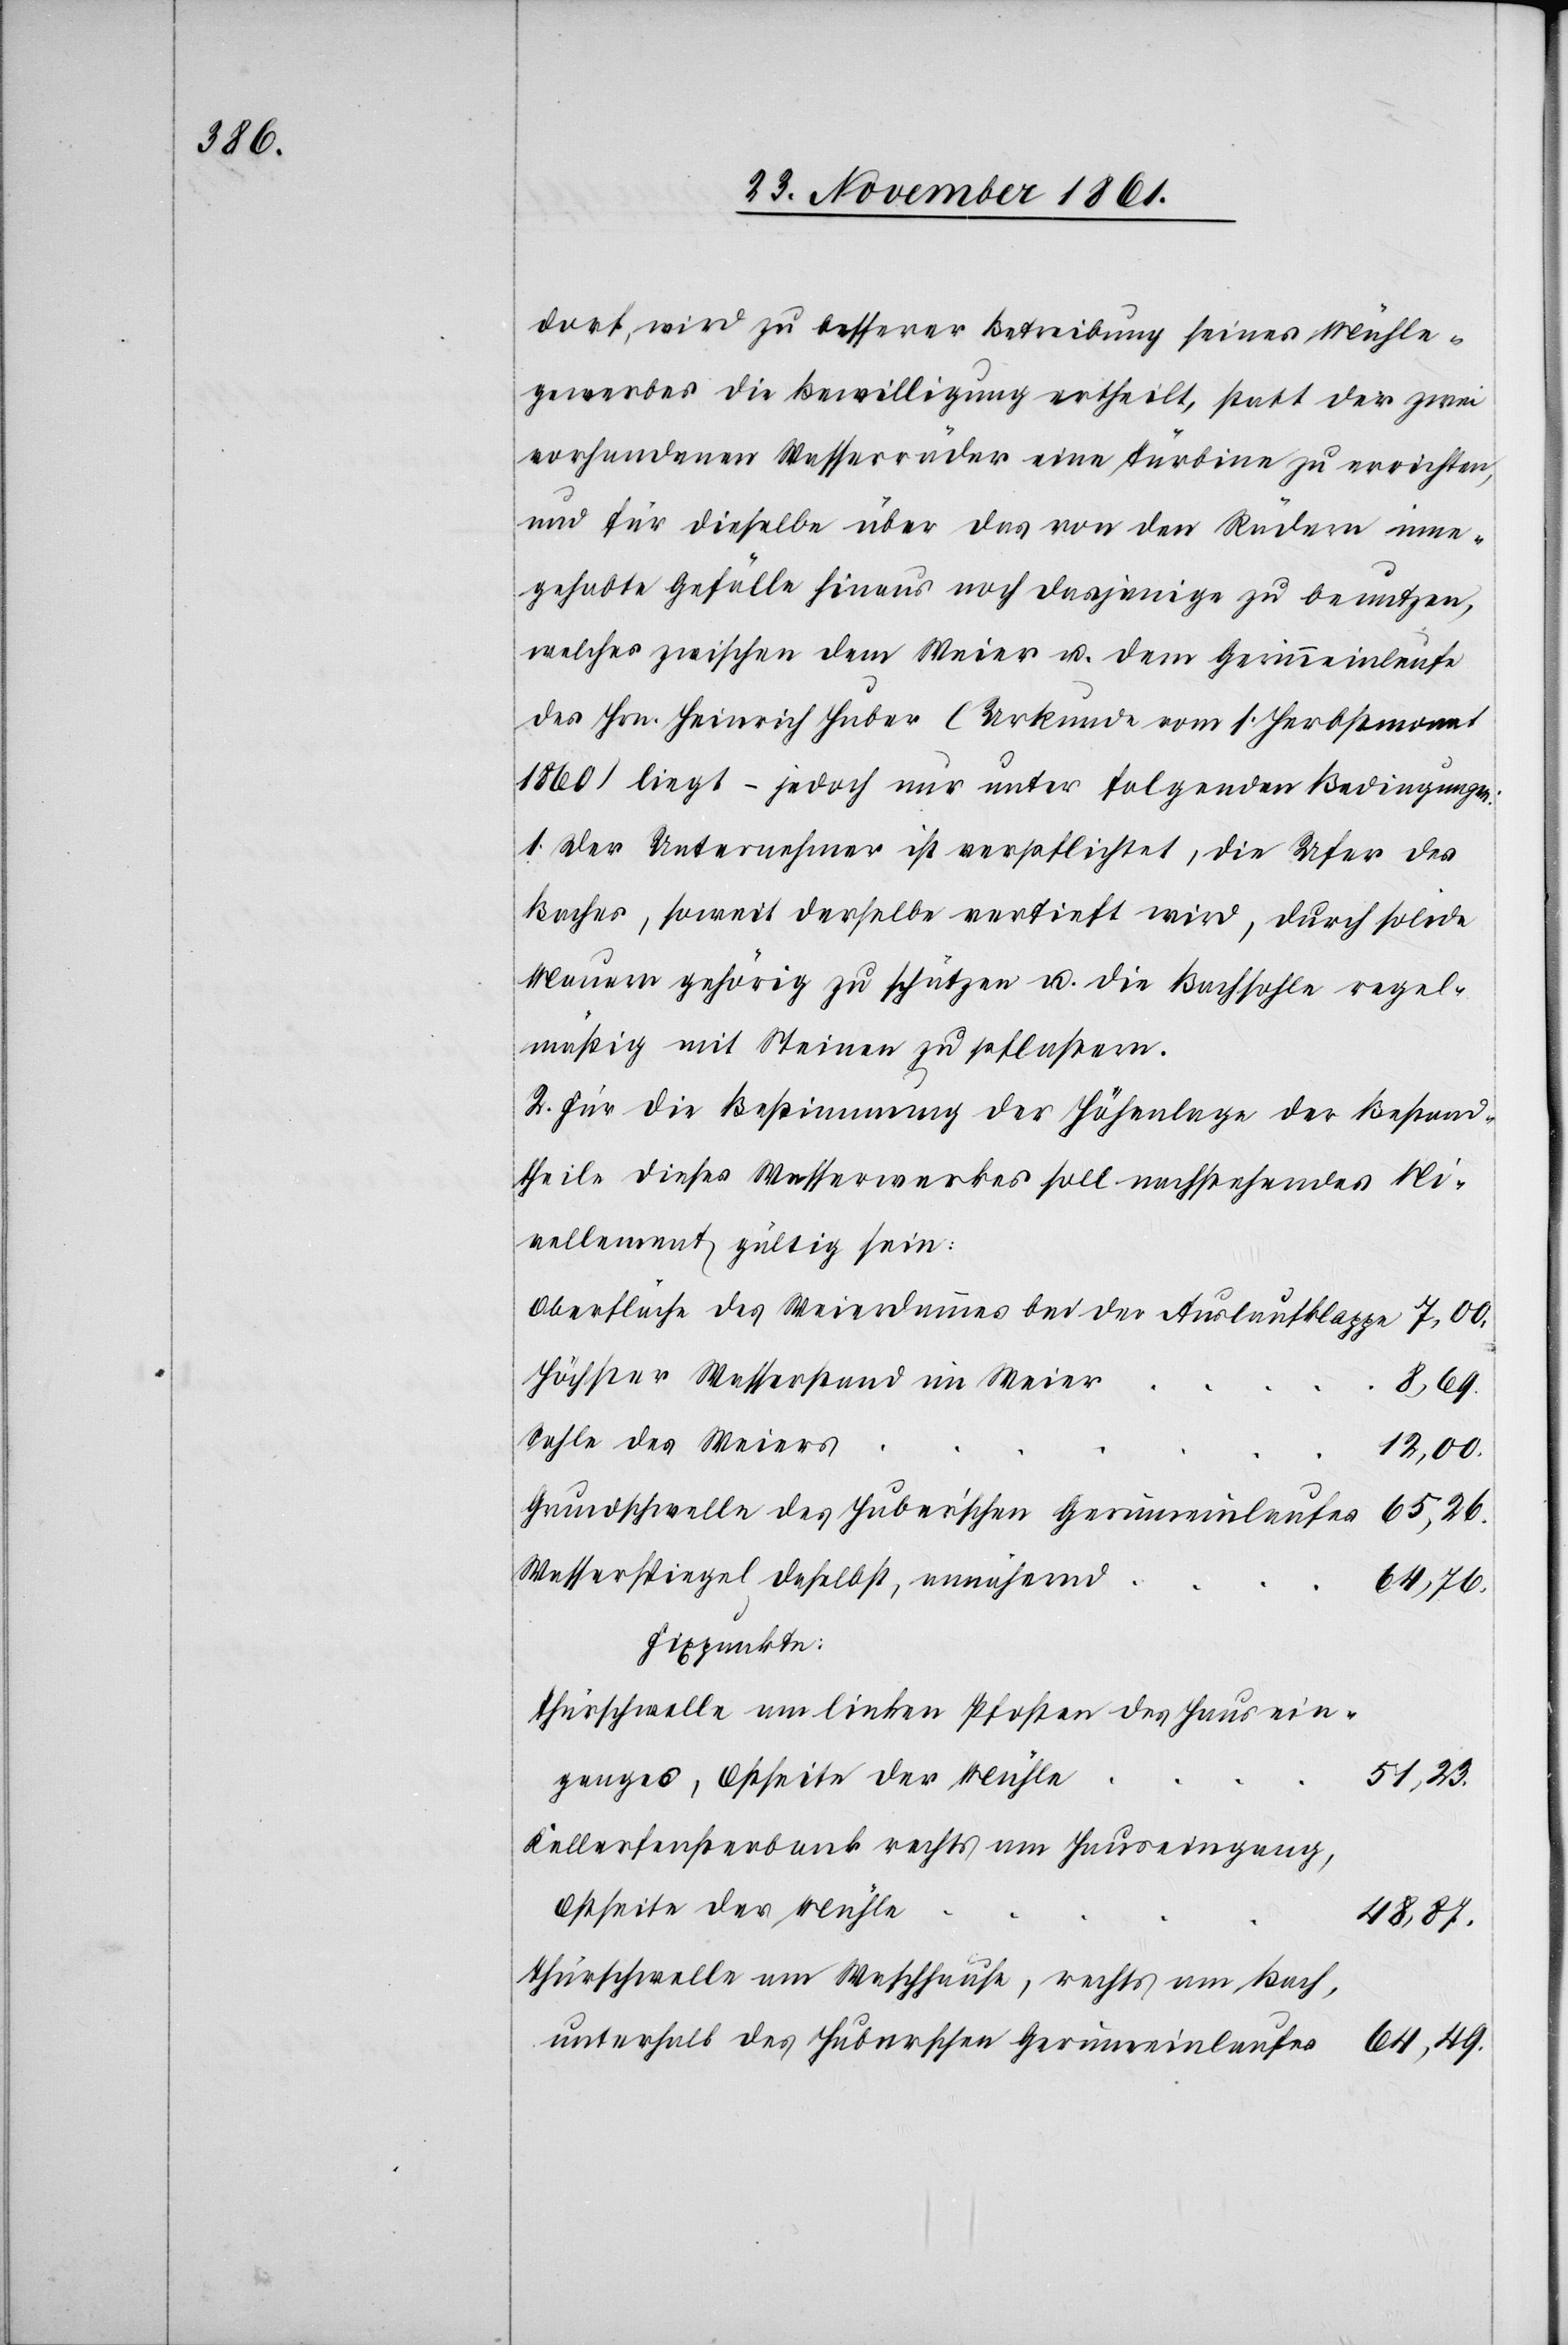
dorf, wird zu besserer Betreibung seines Mühle¬
gewerbes die Bewilligung ertheilt, statt der zwei
vorhandenen Wasserräder eine Turbine zu errichten,
und für dieselbe über das von den Rädern inne¬
gehabte Gefälle hinaus noch dasjenige zu benutzen,
welches zwischen dem Weier u. dem Gerinneinlaufe
des Hrn. Heinrich Huber (Urkunde vom 1 Herbstmonat
1860) liegt – jedoch nur unter folgenden Bedingungen:
1. Der Unternehmer ist verpflichtet, die Ufer des
Baches, soweit derselbe vertieft wird, durch solide
Mauern gehörig zu schützen u. die Bachsohle regel¬
mäßig mit Steinen zu pflastern.
2. Für die Bestimmung der Höhenlage der Bestand¬
theile dieses Wasserwerkes soll nachstehendes Ni¬
vellement gültig sein:
Oberfläche des Weierdammes bei der Auslaufklappe				7,00.
Höchster Wasserstand im Weie¬
Grundschwelle des Huber’schen Gerinnauslaufes					65,26.
r						8,69.
Fixpunkte:
Thürschwelle am linken Pfosten des Hausein¬
des
e	51,23.
ganges, Ostseite der Mühl¬
Kellerfensterbank rechts am Hauseingang,
Ostseite der Mühl¬
e		48,87.
Thürschwelle am Waschhause, rechts am Bach,